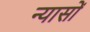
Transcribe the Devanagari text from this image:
न्‍यासों